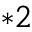
^ { * 2 }